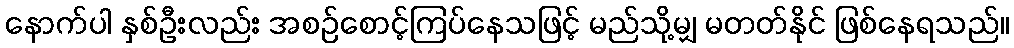
နောက်ပါ နှစ်ဦးလည်း အစဉ်စောင့်ကြပ်နေသဖြင့် မည်သို့မျှ မတတ်နိုင် ဖြစ်နေရသည်။